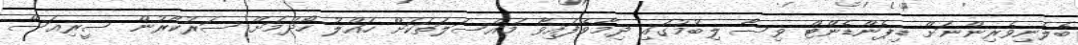
ބެލެނިވެރިންނަށް ޑިޕެންޑެންޓް ވިސާ ލިބުމުގައި ދިމާވެފައިވާ މައްސަލަތަކަށް ހައްލު ހޯދުމަށް ސަރުކާރުން ސީރިއަސް